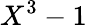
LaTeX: X^{3}-1